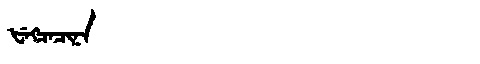
Manchu: ᡶᡝᡴᠴᡝᠴᡳᠨᠠ
Romanization: FEKCECINA